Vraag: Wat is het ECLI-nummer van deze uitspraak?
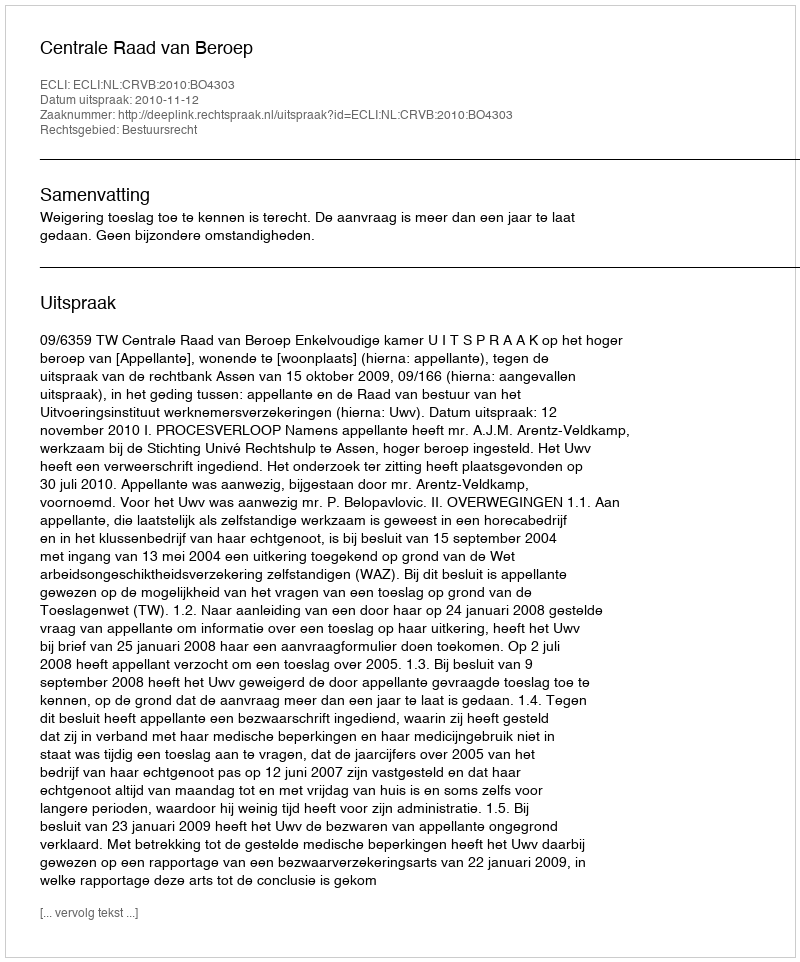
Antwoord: ECLI:NL:CRVB:2010:BO4303